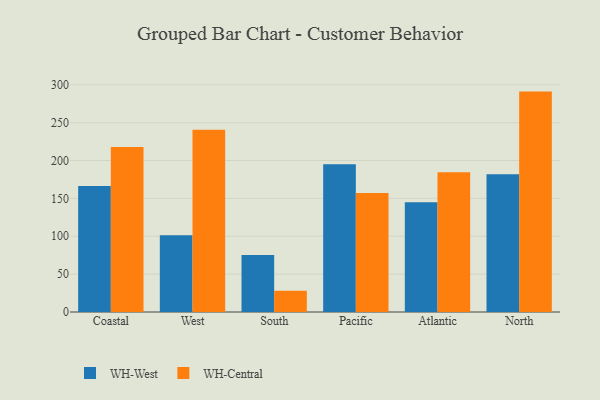
{"axis": {"x": "Region", "y": "Inventory Turnover"}, "legend": ["WH-Central", "WH-West"], "data": [{"x": "Coastal", "y": 166.3, "type": "WH-West"}, {"x": "Coastal", "y": 217.9, "type": "WH-Central"}, {"x": "West", "y": 101.3, "type": "WH-West"}, {"x": "West", "y": 240.7, "type": "WH-Central"}, {"x": "South", "y": 75.2, "type": "WH-West"}, {"x": "South", "y": 28.0, "type": "WH-Central"}, {"x": "Pacific", "y": 195.2, "type": "WH-West"}, {"x": "Pacific", "y": 157.2, "type": "WH-Central"}, {"x": "Atlantic", "y": 145.0, "type": "WH-West"}, {"x": "Atlantic", "y": 184.4, "type": "WH-Central"}, {"x": "North", "y": 182.0, "type": "WH-West"}, {"x": "North", "y": 291.0, "type": "WH-Central"}]}